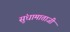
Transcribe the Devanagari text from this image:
सुंधामाताजी